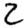
Digit: 2